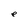
Character: e